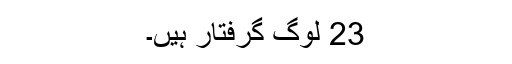
23 لوگ گرفتار ہیں۔